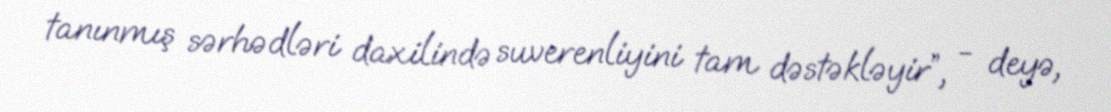
tanınmış sərhədləri daxilində suverenliyini tam dəstəkləyir”, - deyə,